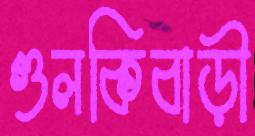
গুলকিবাড়ী